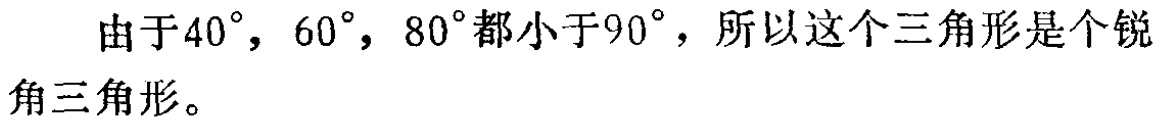
由于\(40^{\circ}\)，\(60^{\circ}\)，\(80^{\circ}\)都小于\(90^{\circ}\)，所以这个三角形是个锐角三角形。